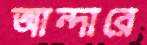
আন্দারে